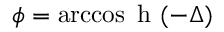
\phi = \operatorname { a r c c o s } \mathrm { ~ h ~ } ( - \Delta )